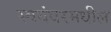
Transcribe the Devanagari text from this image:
स्वयंवरमधील